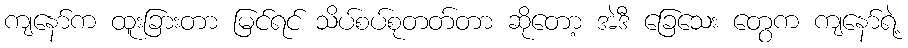
ကျနော်က ထူးခြားတာ မြင်ရင် သိပ်စပ်စုတတ်တာ ဆိုတော့ အဲဒီ ခြေသေး တွေက ကျနော်ရဲ့